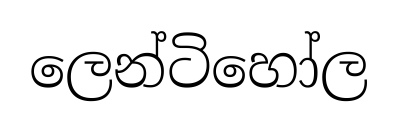
ලෙන්ටිහෝල